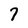
Character: 7